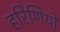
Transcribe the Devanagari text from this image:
हरिणियों